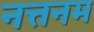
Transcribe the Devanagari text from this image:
नत्तनम